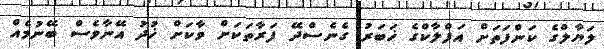
ލަޔާލްގެ ކަންފަތަށް އަފްލާކްގެ ޚަބަރު ގެނެސްދޭ ފަރާތަކަށް ވާކަށް ޚުދު އޭނާވެސް ބޭނުމެއް